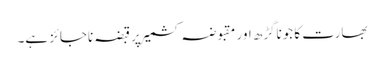
بھارت کا جوناگڑھ اور مقبوضہ کشمیر پرقبضہ ناجائز ہے۔